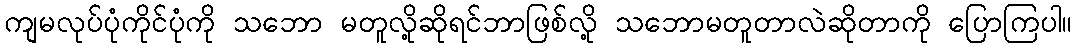
ကျမလုပ်ပုံကိုင်ပုံကို သဘော မတူလို့ဆိုရင်ဘာဖြစ်လို့ သဘောမတူတာလဲဆိုတာကို ပြောကြပါ။